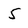
Character: 5